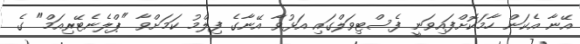
އޭނާ އެކަން ހާމަކޮށްފައިވަނީ ފެސްޓިވަލްގައި އަޅުވާ އޭނާގެ ފިލްމު ކަމަށްވާ "ޕްލެނެޓޭރިއަމް" ގެ